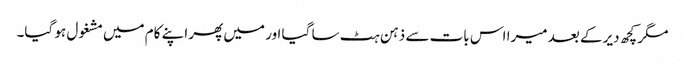
مگر کچھ دیر کے بعد میرا اس بات سے ذہن ہٹ سا گیا اور میں پھر اپنے کام میں مشغول ہو گیا۔